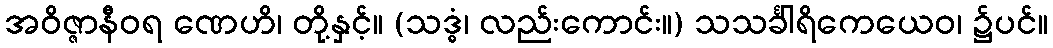
အဝိဇ္ဇာနီဝရ ဏေဟိ၊ တို့နှင့်။ (သဒ္ဓံ၊ လည်းကောင်း။) သသင်္ခါရိကေယေဝ၊ ၌ပင်။